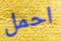
احمل